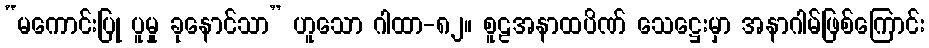
“မကောင်းပြု ပူမှု ခုနောင်သာ” ဟူသော ဂါထာ-၈၂။ စူဠအနာထပိဏ် သေဋ္ဌေးမှာ အနာဂါမ်ဖြစ်ကြောင်း